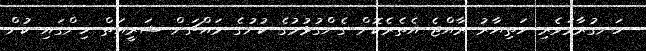
ހަނގުރާމަވެރި ހަތިޔާރު ރާއްޖެ އެތެރެކޮށް ގެންގުޅުމުގެ ކުށުގެ މައްޗަށް ޝަރީއަތް ހިންގައި ކުށް